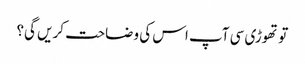
تو تھوڑی سی آپ اس کی وضاحت کریں گی؟